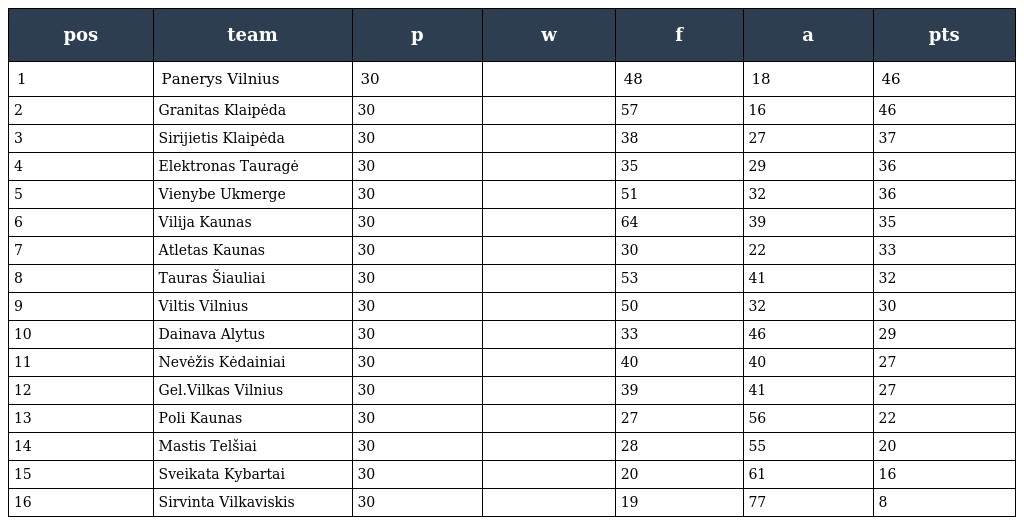
| pos | team | p | w | f | a | pts |
 | --- | --- | --- | --- | --- | --- | --- |
 | 1 | Panerys Vilnius | 30 |  | 48 | 18 | 46 |
 | 2 | Granitas Klaipėda | 30 |  | 57 | 16 | 46 |
 | 3 | Sirijietis Klaipėda | 30 |  | 38 | 27 | 37 |
 | 4 | Elektronas Tauragė | 30 |  | 35 | 29 | 36 |
 | 5 | Vienybe Ukmerge | 30 |  | 51 | 32 | 36 |
 | 6 | Vilija Kaunas | 30 |  | 64 | 39 | 35 |
 | 7 | Atletas Kaunas | 30 |  | 30 | 22 | 33 |
 | 8 | Tauras Šiauliai | 30 |  | 53 | 41 | 32 |
 | 9 | Viltis Vilnius | 30 |  | 50 | 32 | 30 |
 | 10 | Dainava Alytus | 30 |  | 33 | 46 | 29 |
 | 11 | Nevėžis Kėdainiai | 30 |  | 40 | 40 | 27 |
 | 12 | Gel.Vilkas Vilnius | 30 |  | 39 | 41 | 27 |
 | 13 | Poli Kaunas | 30 |  | 27 | 56 | 22 |
 | 14 | Mastis Telšiai | 30 |  | 28 | 55 | 20 |
 | 15 | Sveikata Kybartai | 30 |  | 20 | 61 | 16 |
 | 16 | Sirvinta Vilkaviskis | 30 |  | 19 | 77 | 8 |